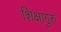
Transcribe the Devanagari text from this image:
शिक्षागुरु